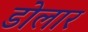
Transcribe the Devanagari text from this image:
डोलार